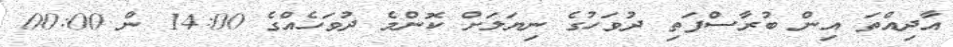
އާދިއްތަ އިން ބުރާސްފަތި ދުވަހުގެ ނިޔަލަށް ކޮންމެ ދުވަހެއްގެ 14:00 ން 00:00